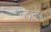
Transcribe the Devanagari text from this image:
रुद्ररूप